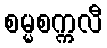
စမ္မစက္ကလီ